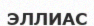
ЭЛЛИАС